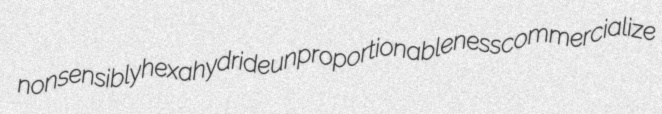
nonsensibly hexahydride unproportionableness commercialize